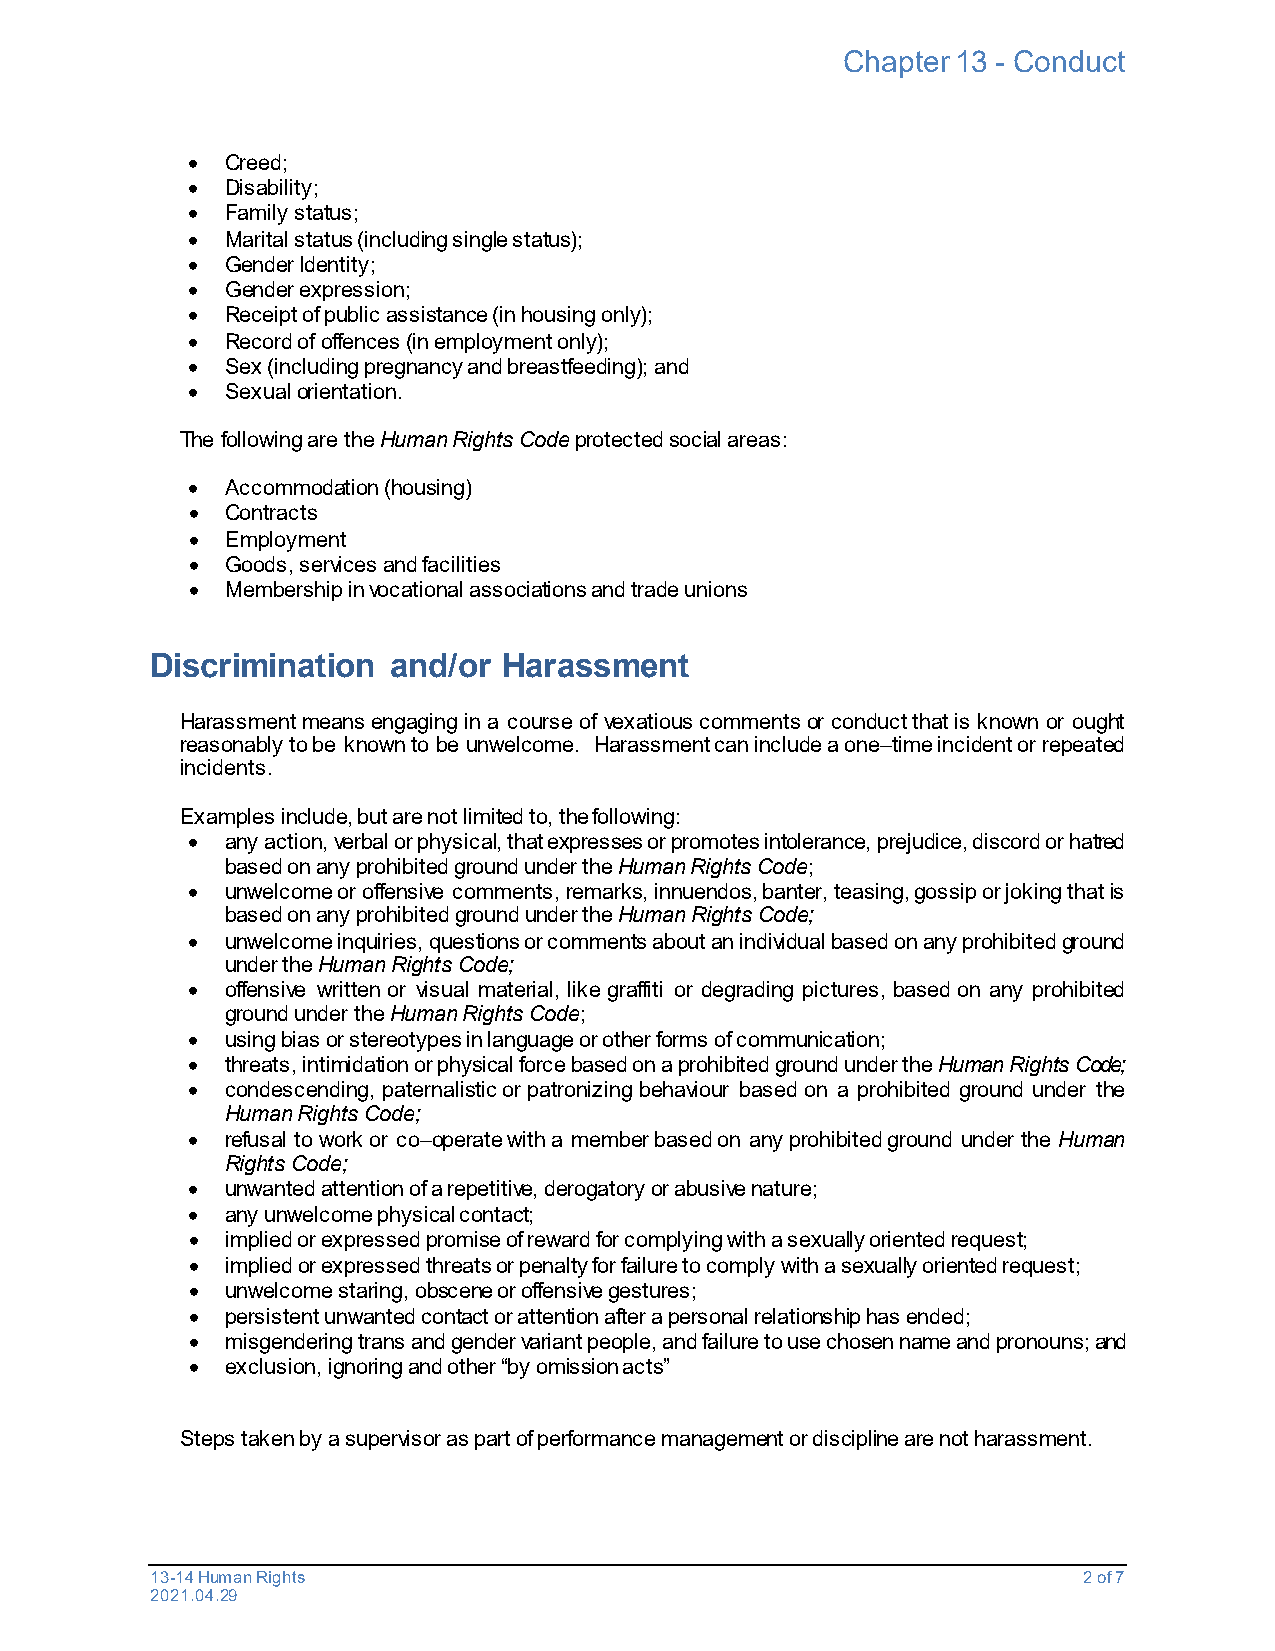
Chapter 13 - Conduct
 •  Creed;
 •  Disability;
 •  Family status;
 •  Marital status (including single status);
 •  Gender Identity;
 •  Gender expression;
 •  Receipt of public assistance (in housing only);
 •  Record of offences (in employment only);
 •  Sex (including pregnancy and breastfeeding); and
 •  Sexual orientation.
 The following are the Human Rights Code protected social areas:
 •  Accommodation (housing)
 •  Contracts
 •  Employment
 •  Goods, services and facilities
 •  Membership in vocational associations and trade unions
 Discrimination  and/or Harassment
 Harassment means engaging in a course of vexatious comments or conduct that is known or ought
 reasonably to be known to be unwelcome. Harassment can include a one–time incident or repeated
 incidents.
 Examples include, but are not limited to, the following:
 •  any action, verbal or physical, that expresses or promotes intolerance, prejudice, discord or hatred
 based on any prohibited ground under the Human Rights Code;
 •  unwelcome or offensive comments, remarks, innuendos, banter, teasing, gossip or joking that is
 based on any prohibited ground under the Human Rights Code;
 •  unwelcome inquiries, questions or comments about an individual based on any prohibited ground
 under the Human Rights Code;
 •  offensive written or visual material, like graffiti or degrading pictures, based on any prohibited
 ground under the Human Rights Code;
 •  using bias or stereotypes in language or other forms of communication;
 •  threats, intimidation or physical force based on a prohibited ground under the Human Rights Code;
 •  condescending, paternalistic or patronizing behaviour based on a prohibited ground under the
 Human Rights Code;
 •  refusal to work or co–operate with a member based on any prohibited ground under the Human
 Rights Code;
 •  unwanted attention of a repetitive, derogatory or abusive nature;
 •  any unwelcome physical contact;
 •  implied or expressed promise of reward for complying with a sexually oriented request;
 •  implied or expressed threats or penalty for failure to comply with a sexually oriented request;
 •  unwelcome staring, obscene or offensive gestures;
 •  persistent unwanted contact or attention after a personal relationship has ended;
 •  misgendering trans and gender variant people, and failure to use chosen name and pronouns; and
 •  exclusion, ignoring and other “by omission acts”
 Steps taken by a supervisor as part of performance management or discipline are not harassment.
 13-14 Human Rights                                            2 of 7
 2021.04.29